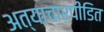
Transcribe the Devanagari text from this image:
अत्याचारपीडित